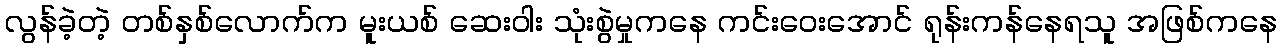
လွန်ခဲ့တဲ့ တစ်နှစ်လောက်က မူးယစ် ဆေးဝါး သုံးစွဲမှုကနေ ကင်းဝေးအောင် ရုန်းကန်နေရသူ အဖြစ်ကနေ